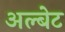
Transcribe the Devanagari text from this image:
अल्बेट